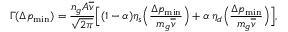
\Gamma ( \Delta p _ { \mathrm { m i n } } ) = \frac { n _ { g } A \overline { { v } } } { \sqrt { 2 \pi } } \Big [ ( 1 - \alpha ) \eta _ { s } \Big ( \frac { \Delta p _ { \mathrm { m i n } } } { m _ { g } \overline { { v } } } \Big ) + \alpha \, \eta _ { d } \Big ( \frac { \Delta p _ { \mathrm { m i n } } } { m _ { g } \overline { { v } } } \Big ) \Big ] ,